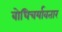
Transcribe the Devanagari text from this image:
बोधिचर्यावतार